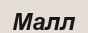
Малл